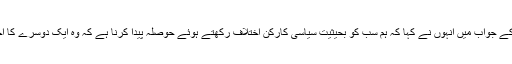
ایک سوال کے جواب میں انہوں نے کہا کہ ہم سب کو بحیثیت سیاسی کارکن اختلاف رکھتے ہوئے حوصلہ پیدا کرنا ہے کہ وہ ایک دوسرے کا احترام کریں۔